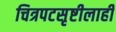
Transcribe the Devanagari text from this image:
चित्रपटसृष्टीलाही